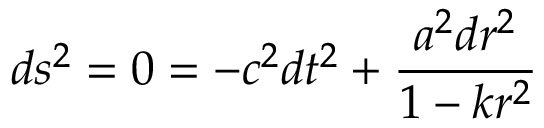
d s ^ { 2 } = 0 = - c ^ { 2 } d t ^ { 2 } + { \frac { a ^ { 2 } d r ^ { 2 } } { 1 - k r ^ { 2 } } }